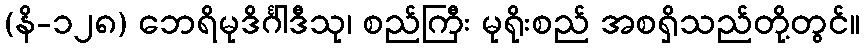
(နိ-၁၂၈) ဘေရိမုဒိင်္ဂါဒီသု၊ စည်ကြီး မုရိုးစည် အစရှိသည်တို့တွင်။